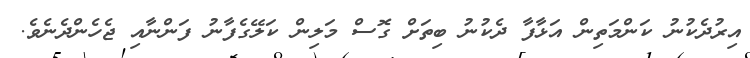
އިރުދެކުނު ކަންމަތިން އަޅާފާ ދެކުނު ބިތަށް ގޮސް މަލިން ކަލޭގެފާނު ފަންނާއި ޖެހެންދެނެވެ.